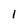
Character: l